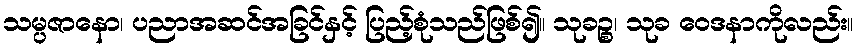
သမ္ပဇာနော၊ ပညာအဆင်အခြင်နှင့် ပြည့်စုံသည်ဖြစ်၍။ သုခဉ္စ၊ သုခ ဝေဒနာကိုလည်း။